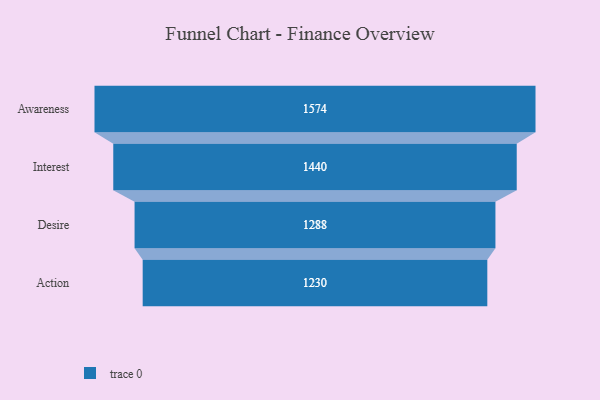
{"axis": {"x": "Stage", "y": "Value"}, "legend": [""], "data": [{"x": "Awareness", "y": 1574.0, "type": ""}, {"x": "Interest", "y": 1440.0, "type": ""}, {"x": "Desire", "y": 1288.0, "type": ""}, {"x": "Action", "y": 1230.0, "type": ""}]}